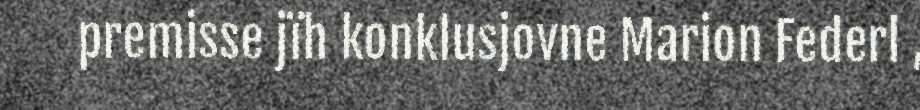
premisse jïh konklusjovne Marion Federl ,